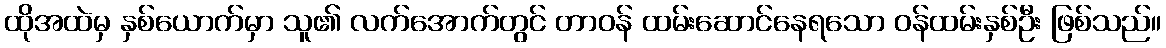
ထိုအထဲမှ နှစ်ယောက်မှာ သူ၏ လက်အောက်တွင် တာဝန် ထမ်းဆောင်နေရသော ဝန်ထမ်းနှစ်ဦး ဖြစ်သည်။